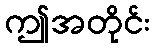
ဤအတိုင်း